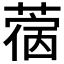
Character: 𰱵